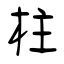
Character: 柱